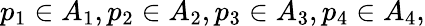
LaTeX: p_{1}\in A_{1},p_{2}\in A_{2},p_{3}\in A_{3},p_{4}\in A_{4},